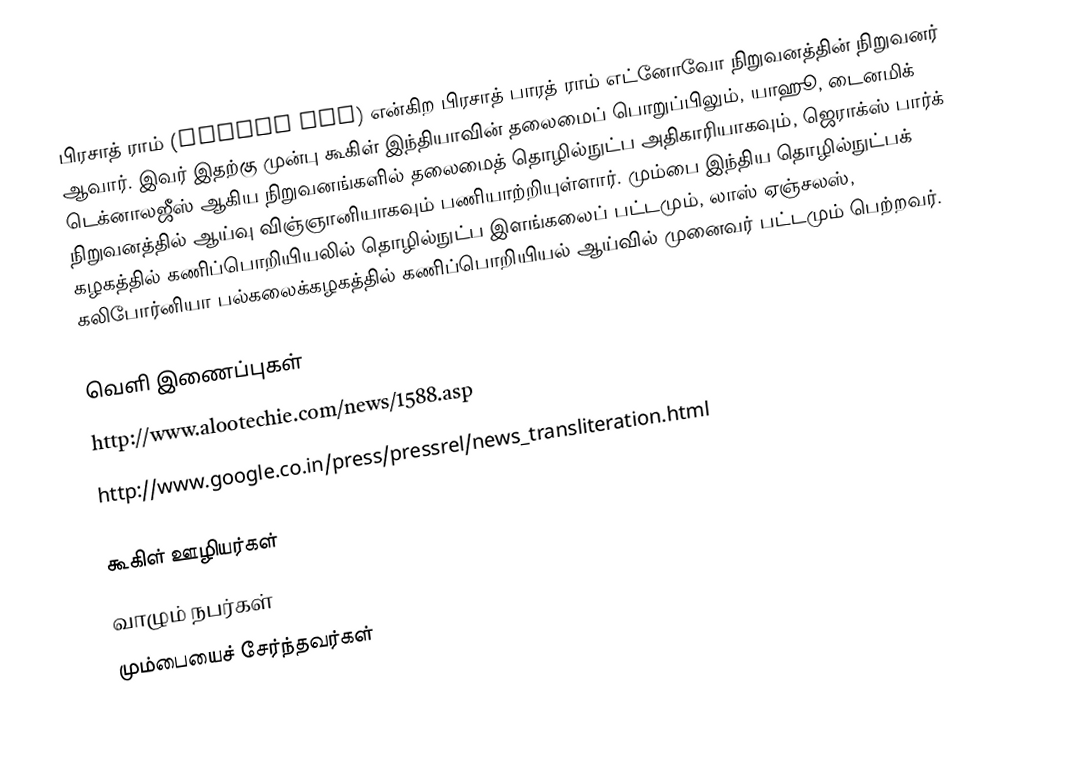
பிரசாத் ராம் (Prasad Ram) என்கிற பிரசாத் பாரத் ராம் எட்னோவோ நிறுவனத்தின் நிறுவனர் ஆவார். இவர் இதற்கு முன்பு கூகிள் இந்தியாவின் தலைமைப் பொறுப்பிலும்,  யாஹூ, டைனமிக் டெக்னாலஜீஸ் ஆகிய நிறுவனங்களில் தலைமைத் தொழில்நுட்ப அதிகாரியாகவும், ஜெராக்ஸ் பார்க் நிறுவனத்தில் ஆய்வு விஞ்ஞானியாகவும் பணியாற்றியுள்ளார். மும்பை இந்திய தொழில்நுட்பக் கழகத்தில் கணிப்பொறியியலில் தொழில்நுட்ப இளங்கலைப் பட்டமும், லாஸ் ஏஞ்சலஸ், கலிபோர்னியா பல்கலைக்கழகத்தில் கணிப்பொறியியல் ஆய்வில் முனைவர் பட்டமும் பெற்றவர்.

வெளி இணைப்புகள்
 http://www.alootechie.com/news/1588.asp
 http://www.google.co.in/press/pressrel/news_transliteration.html

கூகிள் ஊழியர்கள்
வாழும் நபர்கள்
மும்பையைச் சேர்ந்தவர்கள்